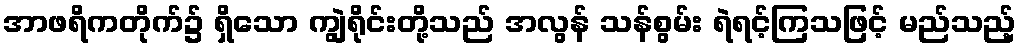
အာဖရိကတိုက်၌ ရှိသော ကျွဲရိုင်းတို့သည် အလွန် သန်စွမ်း ရဲရင့်ကြသဖြင့် မည်သည့်